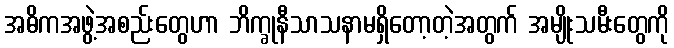
အဓိကအဖွဲ့အစည်းတွေဟာ ဘိက္ခုနီသာသနာမရှိတော့တဲ့အတွက် အမျိုးသမီးတွေကို